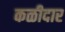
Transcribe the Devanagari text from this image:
कळीदार